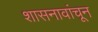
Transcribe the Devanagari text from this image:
शासनावांचून